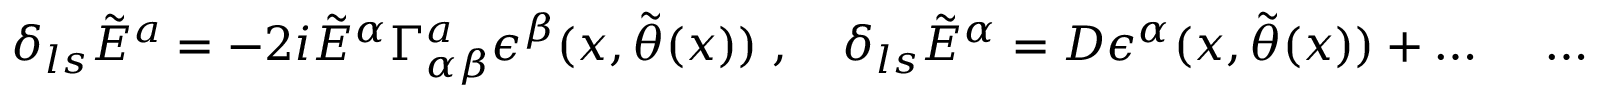
\delta _ { l s } \tilde { E } ^ { a } = - 2 i \tilde { E } ^ { \alpha } \Gamma _ { \alpha \beta } ^ { a } \epsilon ^ { \beta } ( x , \tilde { \theta } ( x ) ) \; , \quad \delta _ { l s } \tilde { E } ^ { \alpha } = { \cal D } \epsilon ^ { \alpha } ( x , \tilde { \theta } ( x ) ) + \ldots \; \quad \ldots